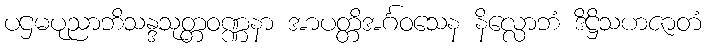
ပဌမပုညာဘိသန္ဒသုတ္တဝဏ္ဏနာ အာပတ္တိအင်္ဂဝသေန နိလ္လောဘံ ဒိဋ္ဌိသဟဇာတံ